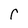
Character: r